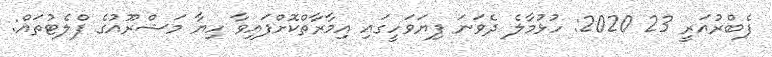
ފެބްރުއަރީ 23 2020: ހުޅުމާލެ ދެވަނަ ފިޔަވަހީގައި އިމާރާތްކޮށްފައިވާ ހިޔާ މަޝްރޫއުގެ ފްލެޓުތައް: